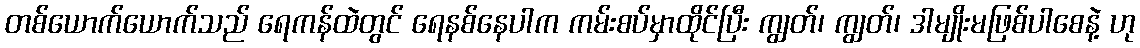
တစ်ယောက်ယောက်သည် ရေကန်ထဲတွင် ရေနစ်နေပါက ကမ်းစပ်မှာထိုင်ပြီး ကျွတ်၊ ကျွတ်၊ ဒါမျိုးမဖြစ်ပါစေနဲ့ ဟု